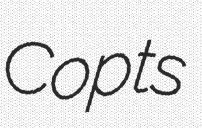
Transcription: Copts